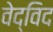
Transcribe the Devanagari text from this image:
वेद्‍विद